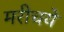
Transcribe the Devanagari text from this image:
मरीचये